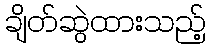
ချိတ်ဆွဲထားသည့်